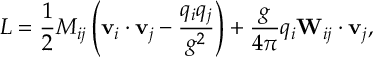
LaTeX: L = \frac { 1 } { 2 } M _ { i j } \left( { \bf v } _ { i } \cdot { \bf v } _ { j } - { \frac { q _ { i } q _ { j } } { g ^ { 2 } } } \right) + \frac { g } { 4 \pi } q _ { i } { \bf W } _ { i j } \cdot { \bf v } _ { j } ,